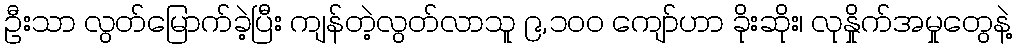
ဦးသာ လွတ်မြောက်ခဲ့ပြီး ကျန်တဲ့လွတ်လာသူ ၉,၁၀၀ ကျော်ဟာ ခိုးဆိုး၊ လုနှိုက်အမှုတွေနဲ့